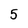
Character: 5